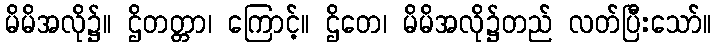
မိမိအလို၌။ ဌိတတ္တာ၊ ကြောင့်။ ဌိတေ၊ မိမိအလို၌တည် လတ်ပြီးသော်။